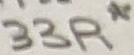
Text: 33R*